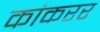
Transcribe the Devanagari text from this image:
कांकरर